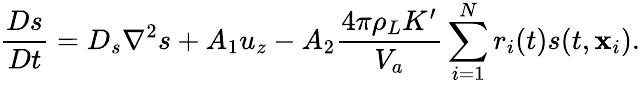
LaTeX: \frac{Ds}{Dt}=D_{s}\nabla^{2}s+A_{1}u_{z}-A_{2}\frac{4\pi\rho_{L}K^{\prime}}{V_{a}}\sum_{i=1}^{N}r_{i}(t)s(t,\textbf{x}_{i}).